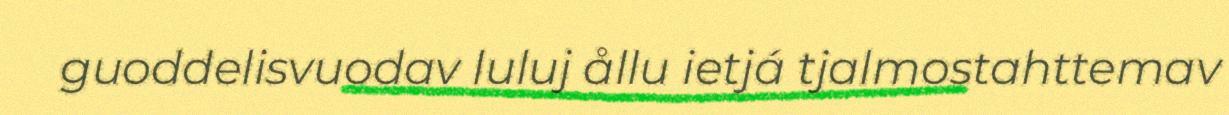
guoddelisvuodav luluj ållu ietjá tjalmostahttemav